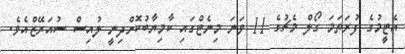
އެޓީމުގެ ފުރަތަމަ ގޯލް މެޗުގެ 11 ވަނަ މިނެޓްގައި ކާމިޔާބުކޮށްދިނީ ލުއިސް ސުއަރޭޒްއެވެ.